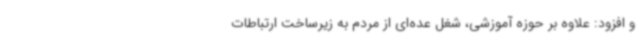
و افزود: علاوه بر حوزه آموزشی، شغل عده‌ای از مردم به زیرساخت ارتباطات